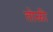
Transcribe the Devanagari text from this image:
तोळी